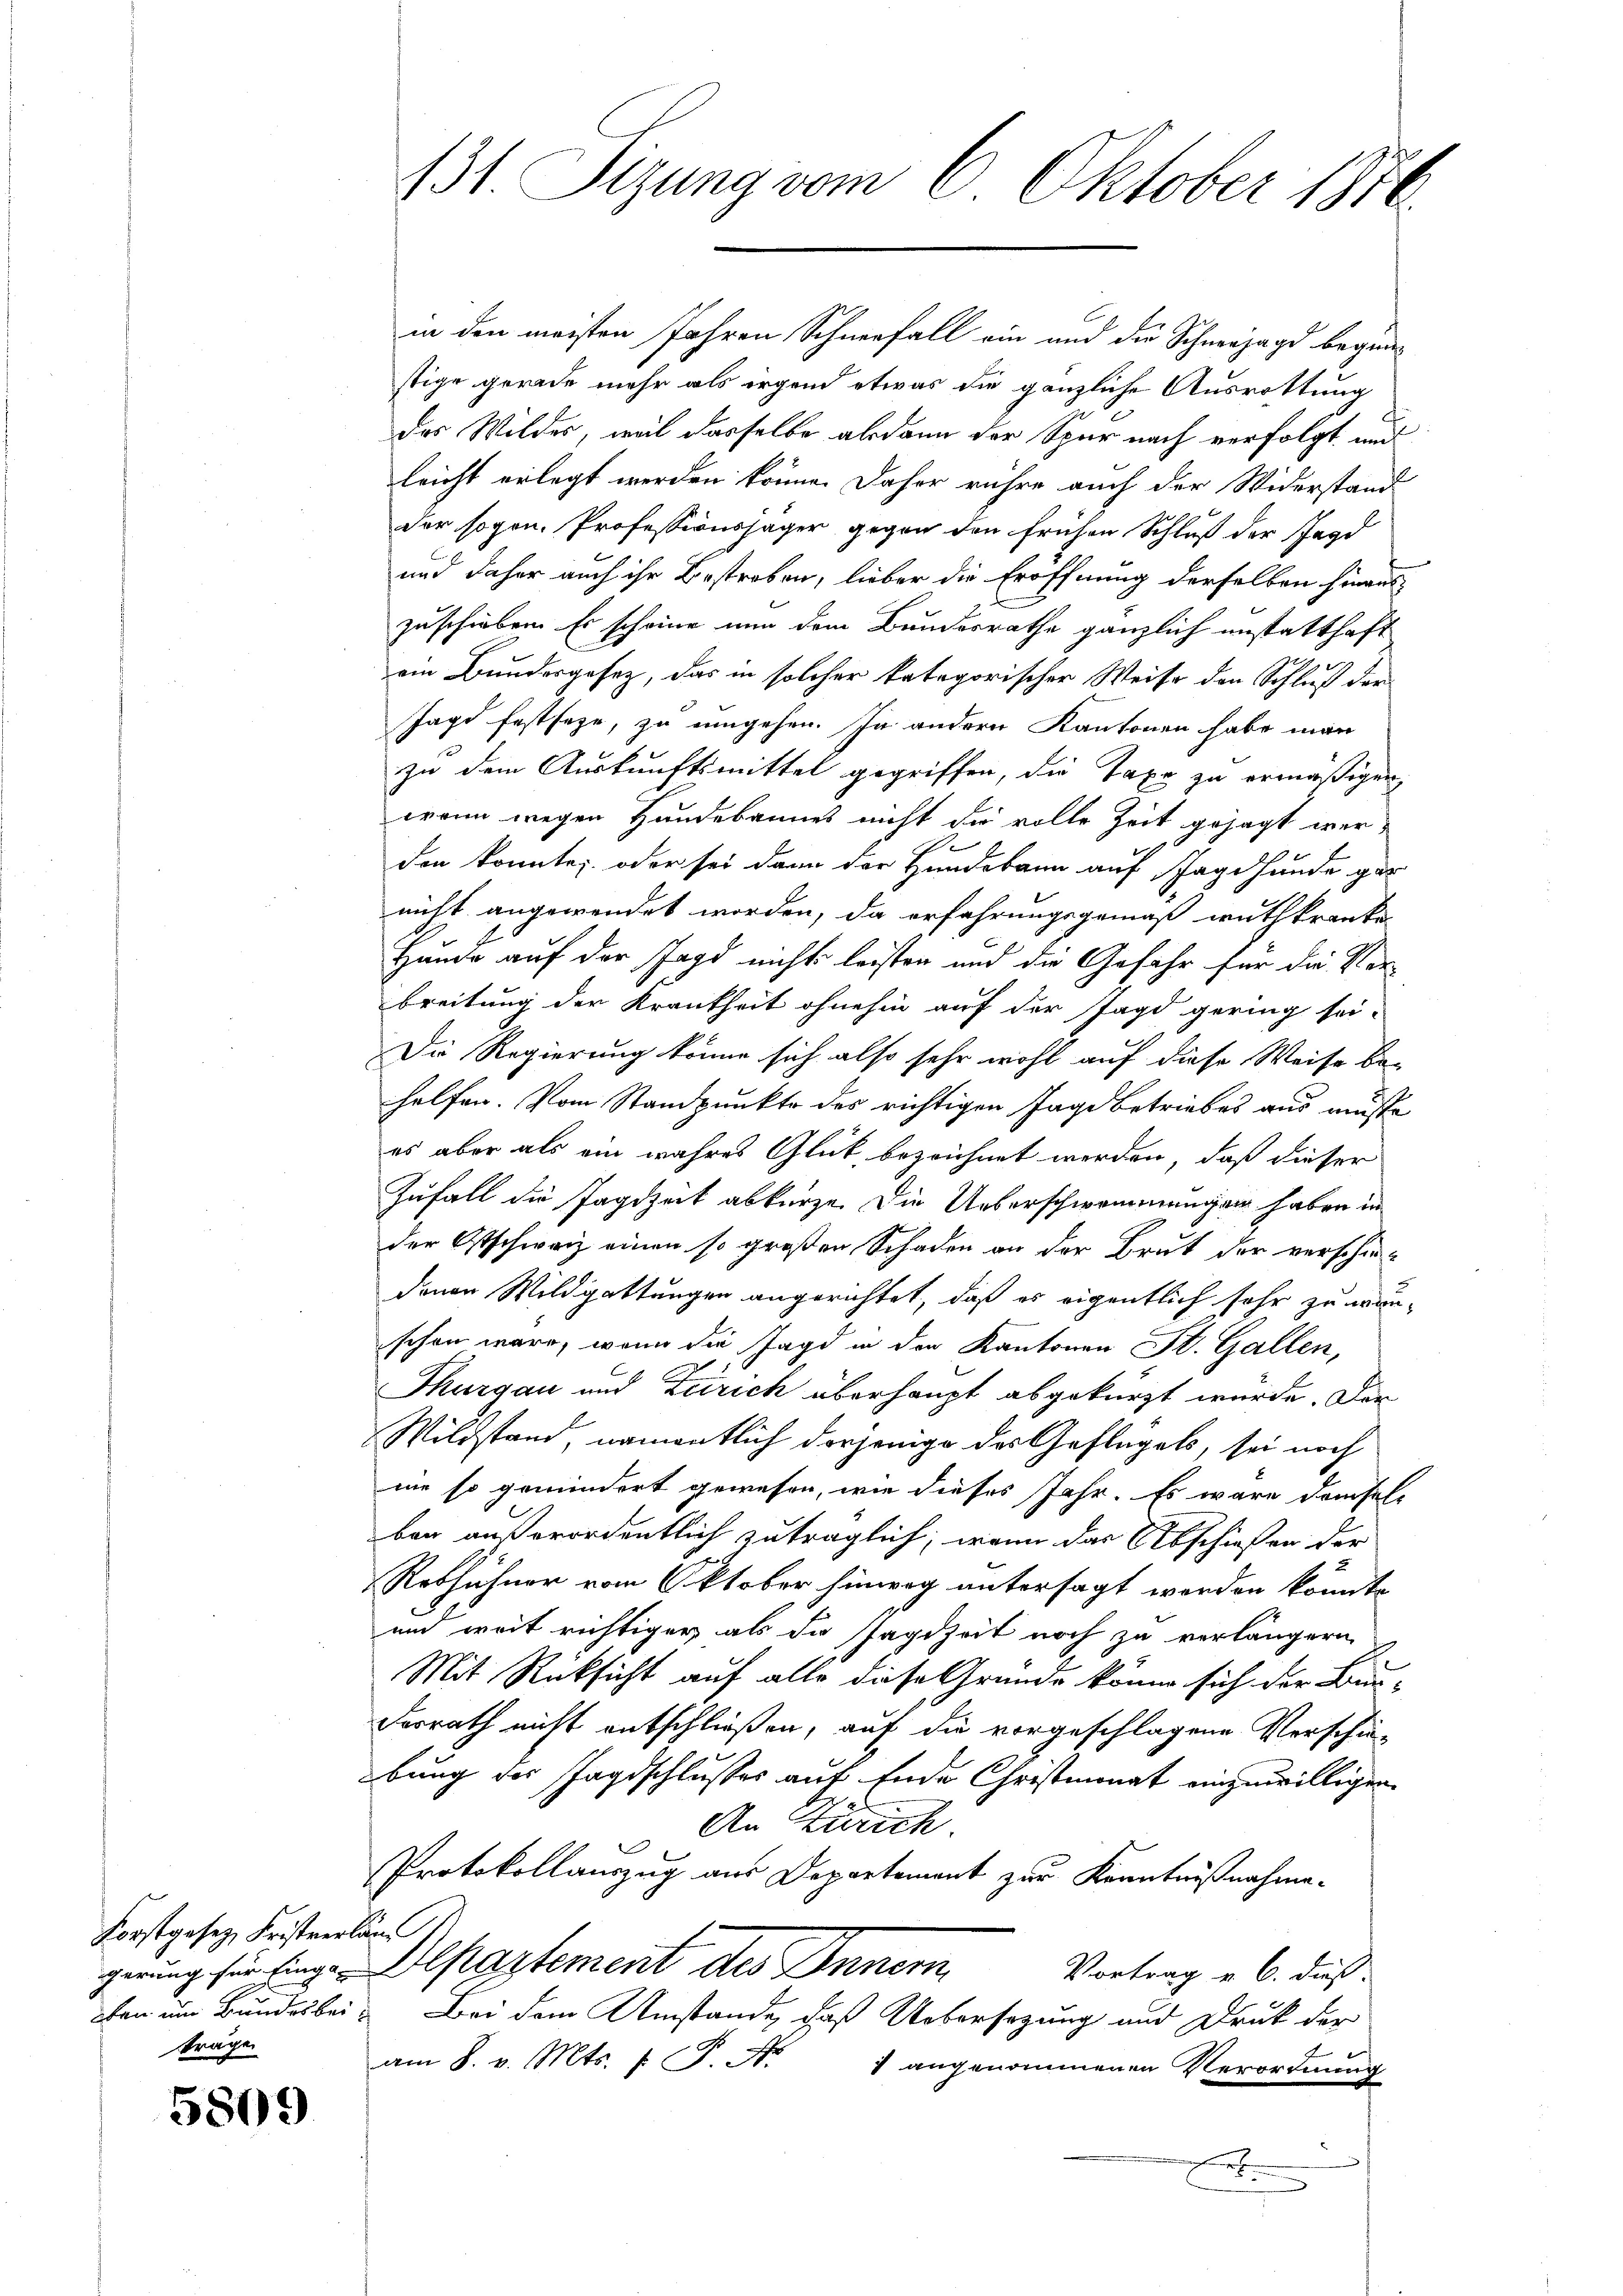
Forstgesetz, Fristverlän
träge

5809

131. Sizung vom 6. Oktober 1870

in den meisten Jahren Schneefall ein und die Schneezagd begrüstige gerade mehr als irgend etwas die gänzliche Ausrottung
das Wildes, weil dasselbe alsdann der Spur nach verfolgt und
leicht erlegt werden könne. Daher rühre auch der Widerstand
der sogen. Professionsjäger gegen den frühen Schluß der Jagd
und daher auch ihr Bestreben, lieber die Eröffnung derselben hinaus-
zuschieben. Es scheine nun dem Bundesrathe gänzlich unstatthaft
ein Bundergesez, das in solcher kategorischer Weise den Schluß der
Jagd festseze, zu umgehen. In andern Kantonen habe man
zu dem Auskunftsmittel gegriffen, die Taxe zu ermäßigen,
wann wegen Hundebannes nicht die volle Zeit gesagt werden konnte, oder sei dann der Hundebann auf Jagdhunde gar
nicht angewendet worden, da erfahrungsgemäß wuthkranke
Häude auf der Jagd nicht leisten und die Gefahr für die Ver-
breitung der Krankheit ohnehin auf der Jagd gering sei-
Die Regierung könne sich also sehr wohl auf diese Weise be-
helfen. Vom Standpunkte des richtigen Tage betriebes aus mußte
es aber als ein wahres Glück, bezeichnet werden, daß dieser
Zufall die Jagdzeit abkürze Die Ueberschwommungen haben in
der Ostschweiz einen so großen Schaden an der Brut der verschiedenen Wildgattungen angerichtet, daß es eigentlich sehr zu wanschon ware, wenn die Jagd in der Kantonen St. Gallen,
x
Thurgau und Zürich überhaupt abgekürzt wurde. Der
Wildstand, namentlich derjenige des Geflügels, sei noch
nie so gemindert gewesen, wie dieses Jahr. Es wäre demselben außerordentlich zuträglich, wenn das Abschießen der
Robhühner vom Oktober hinweg untersagt worden könnte
und weit richtiger als die Jagdzeit noch zu verlängern
Mit Rücksicht auf alle diese Gründe könne sich der Bau-
desrath nicht entschließen, auf die vorgeschlagene Verschie-
bung der Jagdschlusses auf Ende Christmonat einzuwilligen.
An Zürich.
Protokollauszug aus Departement zur Kenntnißnahme
gerung für hinge Departement des Innern
Vortrag v. 6. dieß.
den um Bundesbei. Bei dem Umstände, daß Uebersezung und Druck der
am 8. v. Mts. f. P. Nr. 1 angenommenen Verordnung
m